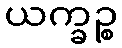
ယက္ခဉ္စ